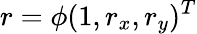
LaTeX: r=\phi(1,r_{x},r_{y})^{T}